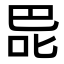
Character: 巼